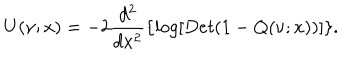
LaTeX: U ( \nu ; x ) = - 2 \frac { d ^ { 2 } } { d x ^ { 2 } } \{ l o g [ D e t ( 1 - Q ( \nu ; x ) ) ] \} .